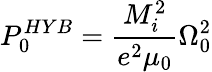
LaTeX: P_{0}^{HYB}=\frac{M_{i}^{2}}{e^{2}\mu_{0}}\Omega_{0}^{2}